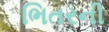
ભિતરની